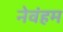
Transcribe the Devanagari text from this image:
नेवंहम